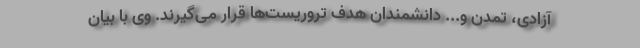
آزادی، تمدن و... دانشمندان هدف تروریست‌ها قرار می‌گیرند. وی با بیان